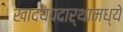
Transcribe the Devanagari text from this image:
खादयपदार्थामध्ये